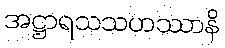
အဋ္ဌာရသသဟဿာနိ